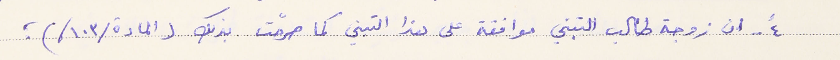
٤- ان زوجة طالب التبني موافقة على هذا التبني كما صرحّت بذلك (المادة /١٠٣/)؛